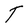
Character: T